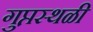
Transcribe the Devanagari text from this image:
गुप्तस्थळी